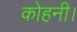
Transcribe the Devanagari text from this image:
कोहनी।